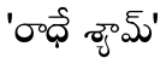
'రాధే శ్యామ్'